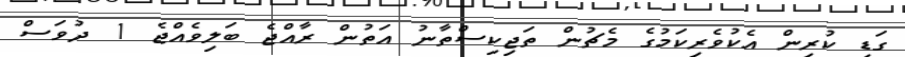
ގަޑި ކުރިން އެކުވެރިކަމުގެ މެޗުން ތަޖިކިސްތާނު އަތުން ރާއްޖެ ބަލިވެއްޖެ 1 ދުވަސް